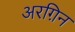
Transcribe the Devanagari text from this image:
अरग़िन